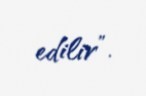
edilir”.